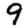
Digit: 9